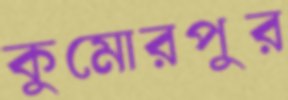
কুমোরপুর